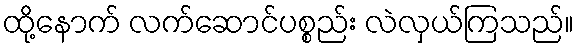
ထို့နောက် လက်ဆောင်ပစ္စည်း လဲလှယ်ကြသည်။